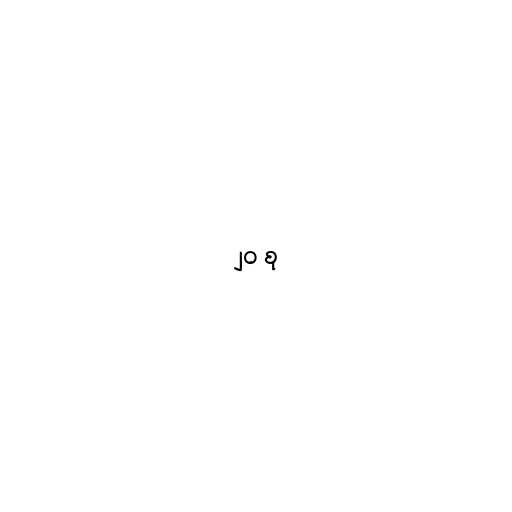
၂၀ စု